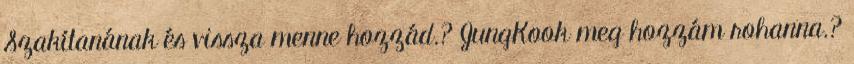
Szakítanának és vissza menne hozzád.? JungKook meg hozzám rohanna.?